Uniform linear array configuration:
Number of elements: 4
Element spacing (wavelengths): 0.5
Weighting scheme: exponential
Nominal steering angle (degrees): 30
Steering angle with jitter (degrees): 31.456
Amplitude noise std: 0.05
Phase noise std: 0.05

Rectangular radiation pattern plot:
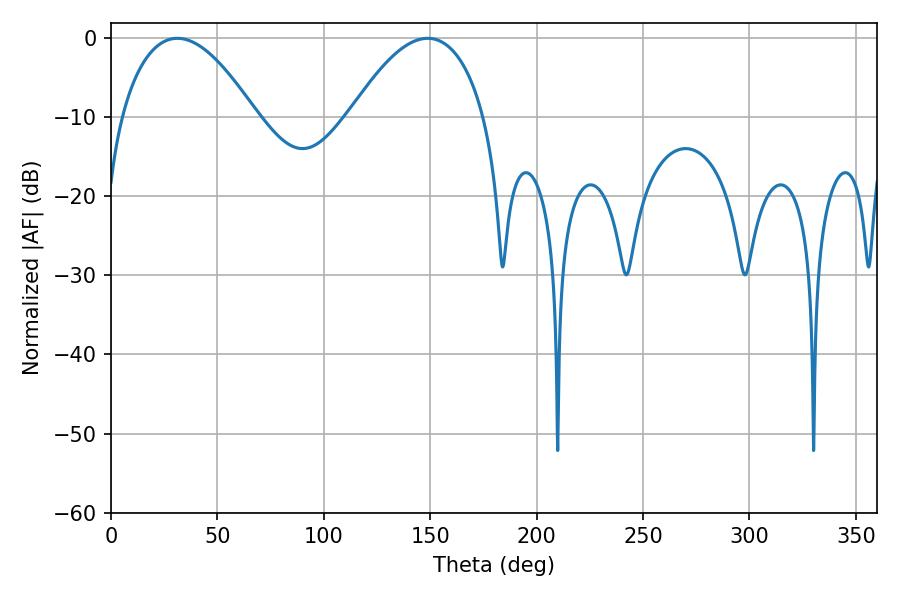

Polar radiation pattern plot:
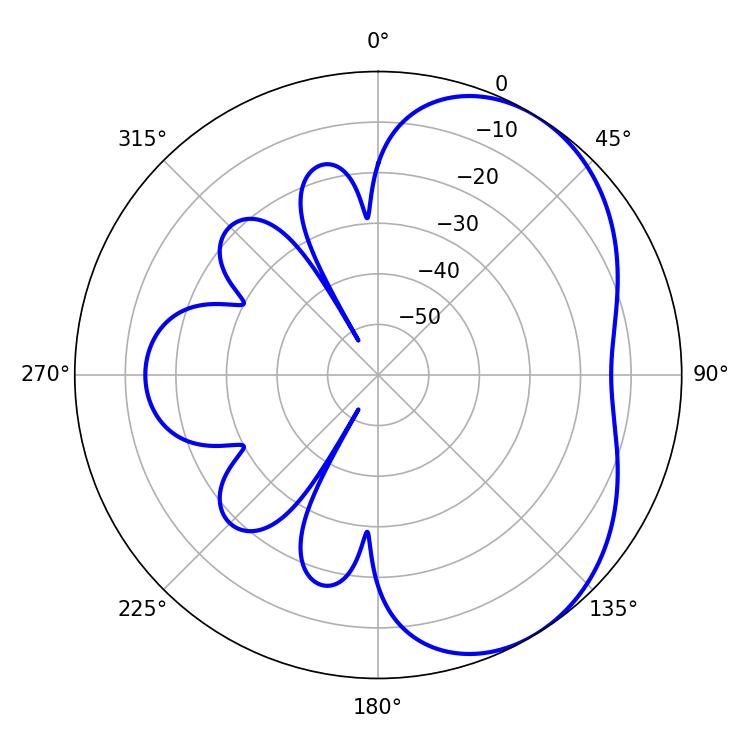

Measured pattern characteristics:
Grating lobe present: FALSE
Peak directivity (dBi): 4.482
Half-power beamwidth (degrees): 34.92
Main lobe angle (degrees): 31.14